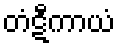
တံဋီကာယံ